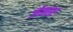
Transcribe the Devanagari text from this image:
जेनसर